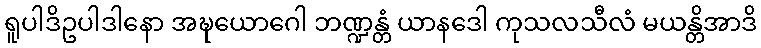
ရူပါဒိဥပါဒါနော အဍ္ဎယောဂေါ ဘဏ္ဍန္တံ ယာနဒေါ ကုသလသီလံ မယန္တိအာဒိ